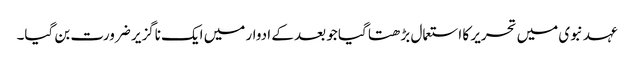
عہد نبوی میں تحریر کا استعمال بڑھتا گیا جو بعد کے ادوار میں ایک ناگزیر ضرورت بن گیا۔